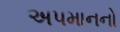
અપમાનનો